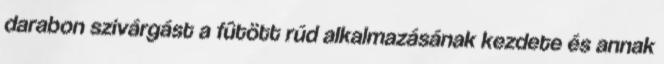
darabon szivárgást a fûtött rúd alkalmazásának kezdete és annak